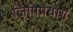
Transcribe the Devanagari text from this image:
लिपिप्रयोग